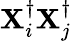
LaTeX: \mathbf{X}_{i}^{\dagger}\mathbf{X}_{j}^{\dagger}